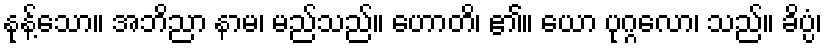
နုန့်သော။ အဘိညာ နာမ၊ မည်သည်။ ဟောတိ၊ ၏။ ယော ပုဂ္ဂလော၊ သည်။ ခိပ္ပံ၊